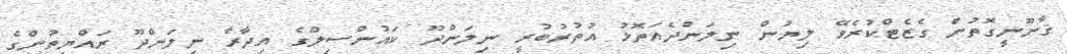
ޤާނޫނީގޮތުން ގެޒެޓްކުރެވޭ ލިޔުން ނިލަންދެއަތޮޅު އުތުރުބުރީ ނިލަންދޫ ކައުންސިލްގެ އިދާރާ ނިލަންދޫ ރައްޔިތުންގެ